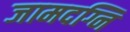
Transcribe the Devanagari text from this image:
जामदग्नि